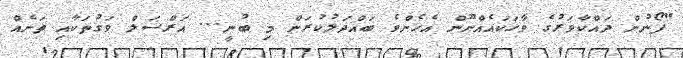
"ފޯނުން ދައްކާވަރުގެ ވާހަކައެއްނޫން އެހެންވެ ބައްދަލުކުރަން މި ބުނީ... އަރްސަލް ވަގުތަކާއި ތަނެއް